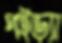
পইড়্যা